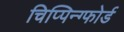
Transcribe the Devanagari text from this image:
चिप्पिन्ग्फोर्ड